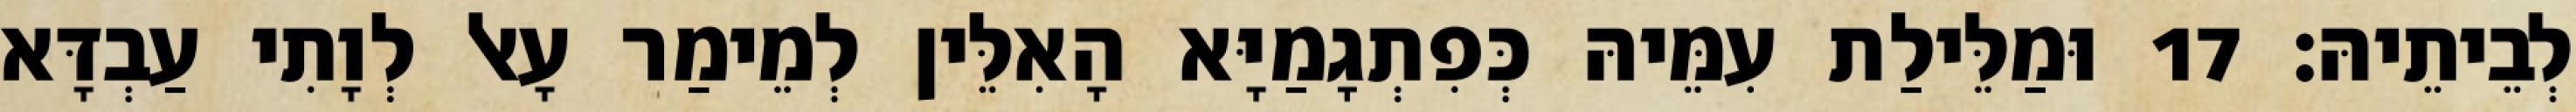
לְבֵיתֵיהּ׃ 17 וּמַלֵּילַת עִמֵּיהּ כְּפִתְגָמַיָּא הָאִלֵּין לְמֵימַר עָאל לְוָתִי עַבְדָּא